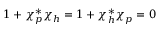
1 + \chi _ { p } ^ { * } \chi _ { h } = 1 + \chi _ { h } ^ { * } \chi _ { p } = 0